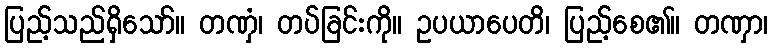
ပြည့်သည်ရှိသော်။ တဏှံ၊ တပ်ခြင်းကို။ ဥပယာပေတိ၊ ပြည့်စေ၏။ တဏှာ၊